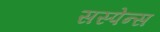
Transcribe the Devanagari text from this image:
सस्पेन्स